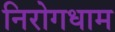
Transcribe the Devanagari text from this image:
निरोगधाम